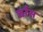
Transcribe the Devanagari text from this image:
चर्रस